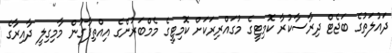
ދައުލަތުގެ ބަޖެޓް ދިރާސާކުރާ ކޮމިޓީގެ މުގައްރިރަކަށް ކޮމިޓީގެ މެމްބަރުންގެ އިއްތިފާގުން މާމިގިލީ ދާއިރާގެ